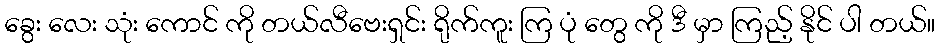
ခွေး လေး သုံး ကောင် ကို တယ်လီဗေးရှင်း ရိုက်ကူး ကြ ပုံ တွေ ကို ဒီ မှာ ကြည့် နိုင် ပါ တယ်။